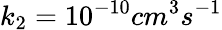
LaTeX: k_{2}=10^{-10}cm^{3}s^{-1}